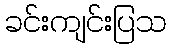
ခင်းကျင်းပြသ